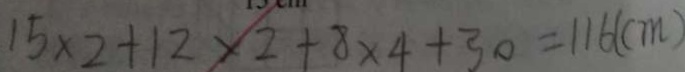
1 5 \times 2 + 1 2 \times 2 + 8 \times 4 + 3 0 = 1 1 6 ( c m )